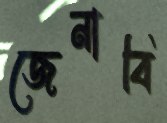
জেনাবি